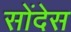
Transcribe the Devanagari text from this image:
सोंदेस